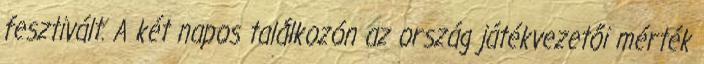
fesztivált. A két napos találkozón az ország játékvezetői mérték